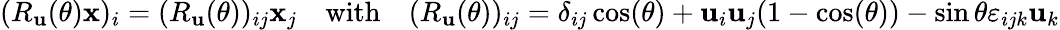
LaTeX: (R_{\mathbf{u}}(\theta)\mathbf{x})_{i}=(R_{\mathbf{u}}(\theta))_{ij}{\mathbf{x}}_{j}\quad{\mathrm{with}}\quad(R_{\mathbf{u}}(\theta))_{ij}=\delta_{ij}\cos(\theta)+\mathbf{u}_{i}\mathbf{u}_{j}(1-\cos(\theta))-\sin{\theta}\varepsilon_{ijk}\mathbf{u}_{k}